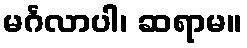
မင်္ဂလာပါ၊ ဆရာမ။